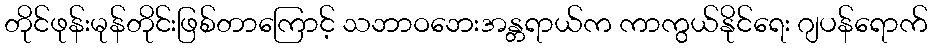
တိုင်ဖုန်းမုန်တိုင်းဖြစ်တာကြောင့် သဘာဝဘေးအန္တရာယ်က ကာကွယ်နိုင်ရေး ဂျပန်ရောက်